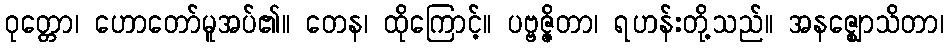
ဝုတ္တော၊ ဟောတော်မူအပ်၏။ တေန၊ ထိုကြောင့်။ ပဗ္ဗဇ္ဇိတာ၊ ရဟန်းတို့သည်။ အနဇ္ဈောသိတာ၊